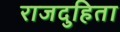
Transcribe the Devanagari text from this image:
राजदुहिता